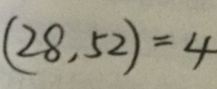
( 2 8 , 5 2 ) = 4